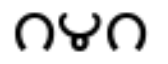
౧౪౧